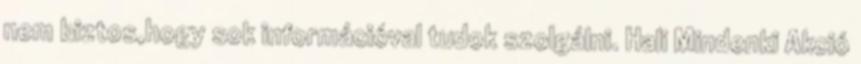
nem biztos,hogy sok információval tudok szolgálni. Hali Mindenki Akció